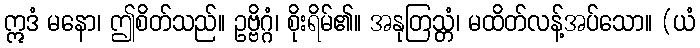
ဣဒံ မနော၊ ဤစိတ်သည်။ ဥဗ္ဗိဂ္ဂံ၊ စိုးရိမ်၏။ အနုတြသ္တံ၊ မထိတ်လန့်အပ်သော။ (ယံ